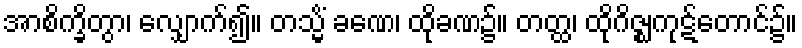
အာစိက္ခိတွာ၊ လျှောက်၍။ တသ္မိံ ခဏေ၊ ထိုခဏ၌။ တတ္ထ၊ ထိုဂိဇ္ဈကုဋ်တောင်၌။